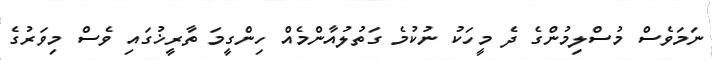
ނަމަވެސް މުސްލިމުންގެ ދެ މީހަކު ނުކުމެ ގަތުލުއާންމެއް ހިންގީމަ ތާރީޚުގައި ވެސް މިވަރުގެ